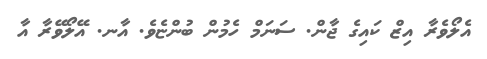
އެލޯވެރާ އިޒް ކައިގެ ޖާން. ސަނަމް ހެމުން ބުންޏެވެ. އާނ. އޭލޯވޭރާ އާ